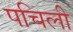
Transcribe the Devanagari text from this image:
पचिली